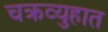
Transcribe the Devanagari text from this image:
चक्रव्युहात